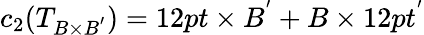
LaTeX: c_{2}(T_{B\times B^{'}})=12pt\times B^{'}+B\times 12pt^{'}